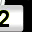
Digit: 2